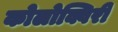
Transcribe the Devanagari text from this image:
कोलोक्विरी